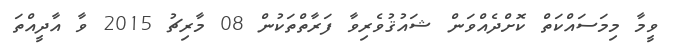
ވީމާ މިމަސައްކަތް ކޮށްދެއްވަން ޝައުޤުވެރިވާ ފަރާތްތަކުން 08 މާރިޗު 2015 ވާ އާދީއްތަ